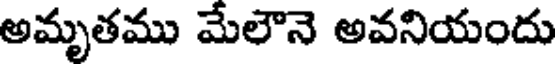
అమృతము మేలౌనె అవనియందు